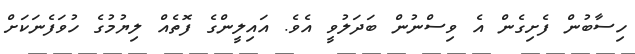
ހިސާބުން ފެށިގެން އެ ވިސްނުން ބަދަލުވީ އެވެ. އައިލީންގެ ފޮތެއް ލިޔުމުގެ ހުވަފެނަކަށް